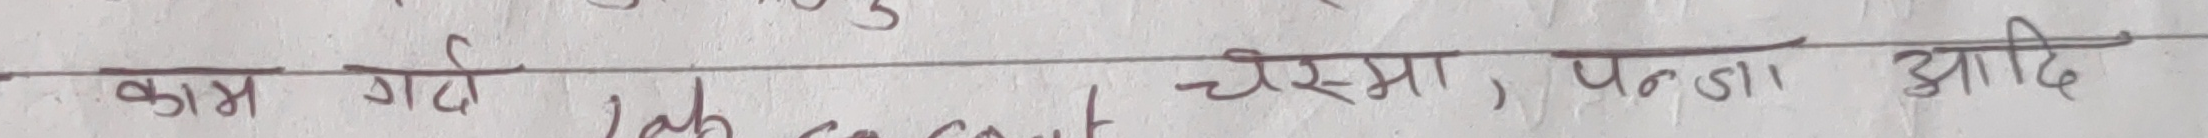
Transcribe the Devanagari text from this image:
काम गर्ने चश्मा, पन्जा आदि